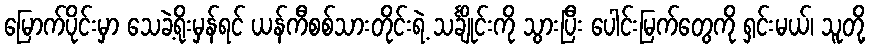
မြောက်ပိုင်းမှာ သေခဲ့ရိုးမှန်ရင် ယန်ကီစစ်သားတိုင်းရဲ့ သင်္ချိုင်းကို သွားပြီး ပေါင်းမြက်တွေကို ရှင်းမယ်၊ သူတို့